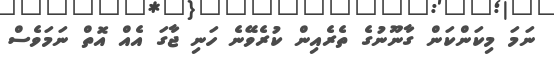
ނަމަ މިކަންކަން ގާނޫނުގެ ތެރެއިން ކުރެވޭނެ ހަނި ޖާގަ އެއް އޮތް ނަމަވެސް